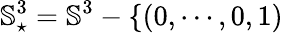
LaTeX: {\mathbb S}_{\star}^{3}={\mathbb S}^{3}-\{ (0,\cdots,0,1)